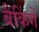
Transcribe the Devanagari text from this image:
बैकिंगें